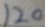
1 2 0